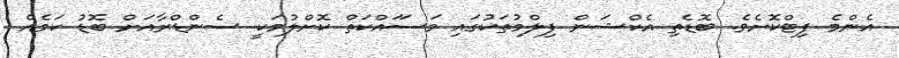
އެންމެ ފިޓްކޮށެވެ. ބޮޑެތި އެކްޝަން ފިލްމުތަކުގައި މަސަަައްކަތް ކޮށްލުމަކީ ސެންޑްރާއަށް ބޮޑު ކަމެެއް